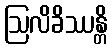
ဩလိခိဿန္တိ